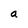
Character: a